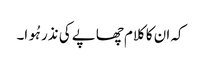
کہ ان کا کلام چھاپے کی نذر ہُوا۔